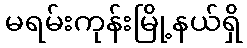
မရမ်းကုန်းမြို့နယ်ရှိ